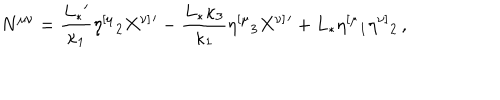
N ^ { \mu \nu } = { \frac { L _ { * } { } ^ { \prime } } { \kappa _ { 1 } } } \eta ^ { [ \mu } { } _ { 2 } X ^ { \nu ] } { } ^ { \prime } - { \frac { L _ { * } \kappa _ { 3 } } { \kappa _ { 1 } } } \eta ^ { [ \mu } { } _ { 3 } X ^ { \nu ] } { } ^ { \prime } + L _ { * } \eta ^ { [ \mu } { } _ { 1 } \eta ^ { \nu ] } { } _ { 2 } \, ,